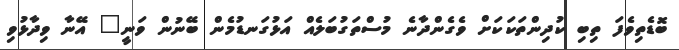
ބޮޑެތިވެފަ ތިބި ކުދިންތަކަކަށް ވެގެންދާނެ މުސްތަގުބަލެއް އަޅުގަނޑުމެން ބޭނުން ވަނީ" އޭނާ ވިދާޅުވި